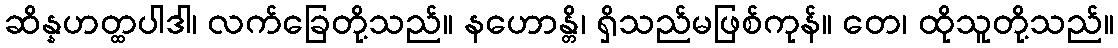
ဆိန္နဟတ္ထပါဒါ၊ လက်ခြေတို့သည်။ နဟောန္တိ၊ ရှိသည်မဖြစ်ကုန်။ တေ၊ ထိုသူတို့သည်။